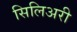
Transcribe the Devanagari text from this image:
सिलिअरी